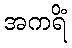
အကရိံ